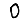
Digit: 0